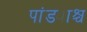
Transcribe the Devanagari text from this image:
पांड्याश्च